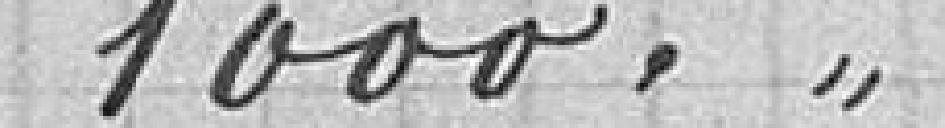
1000